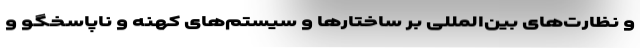
و نظارت‌های بین‌المللی بر ساختارها و سیستم‌های کهنه و ناپاسخگو و